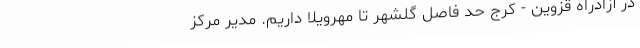
در آزادراه قزوین - کرج حد فاصل گلشهر تا مهرویلا داریم. مدیر مرکز